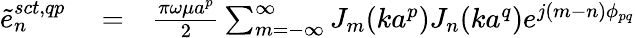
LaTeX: \begin{array}{rlr}{\tilde{e}_{n}^{sct,qp}}&{{}=}&{{\frac{\pi\omega\mu a^{p}}{2}}\sum_{m=-\infty}^{\infty}J_{m}(ka^{p})J_{n}(ka^{q})e^{j(m-n)\phi_{pq}}}\end{array}